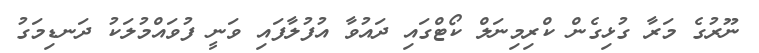
ނޫރުގެ މަރާ ގުޅިގެން ކްރިމިނަލް ކޯޓްގައި ދައުވާ އުފުލާފައި ވަނީ ފުވައްމުލަކު ދަނޑިމަގު